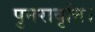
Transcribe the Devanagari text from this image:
पुनरावृत्ति।